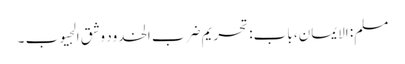
مسلم: الایمان، باب: تحریم ضرب الخدود وشق الجیوب ۔